Vaccination report Assam 1896-1927 - 1896-1927
Year: 1896
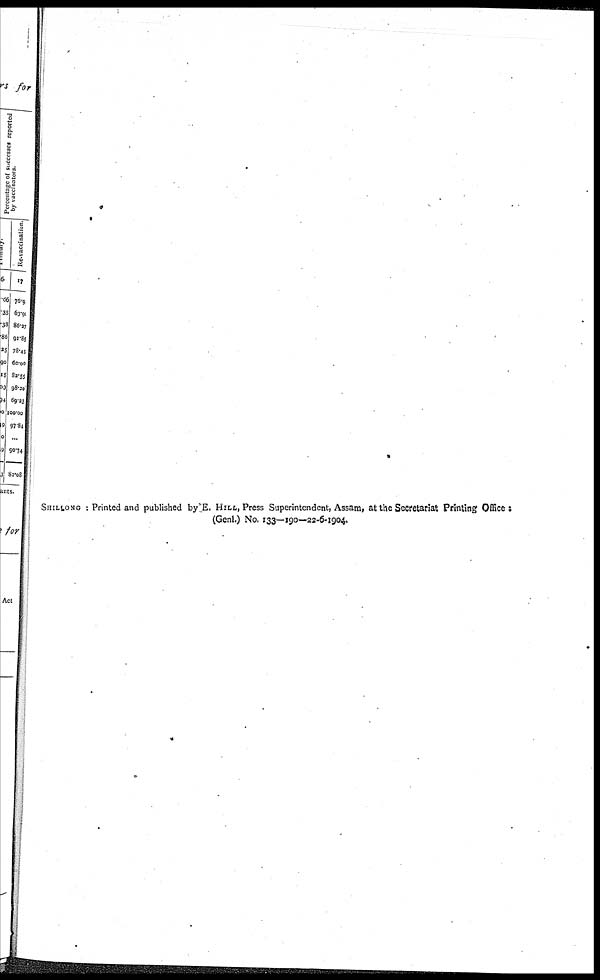
SHILLONG : Printed and published by E. HILL, Press Superintendent, Assam, at the Secretariat Printing Office :
(Genl.) No. 133—190—22-6-1904.